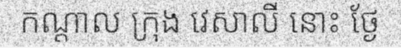
កណ្តាល ក្រុង វេសាលី នោះ ថ្ងែ